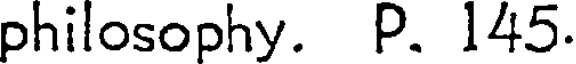
philosophy. P. 145.